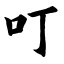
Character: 叮